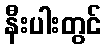
နီးပါးတွင်